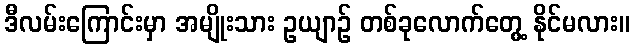
ဒီလမ်းကြောင်းမှာ အမျိုးသား ဥယျာဉ် တစ်ခုလောက်တွေ့ နိုင်မလား။